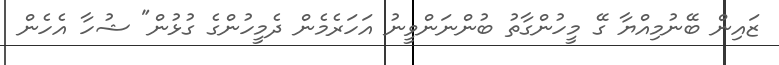
ޒައިން ބޭނުމިއްޔާ ގޭ މީހުންގާތު ބުންނަންވީނު އަހަރެމެން ދެމީހުންގެ ގުޅުން" ޝުހާ އެހެން